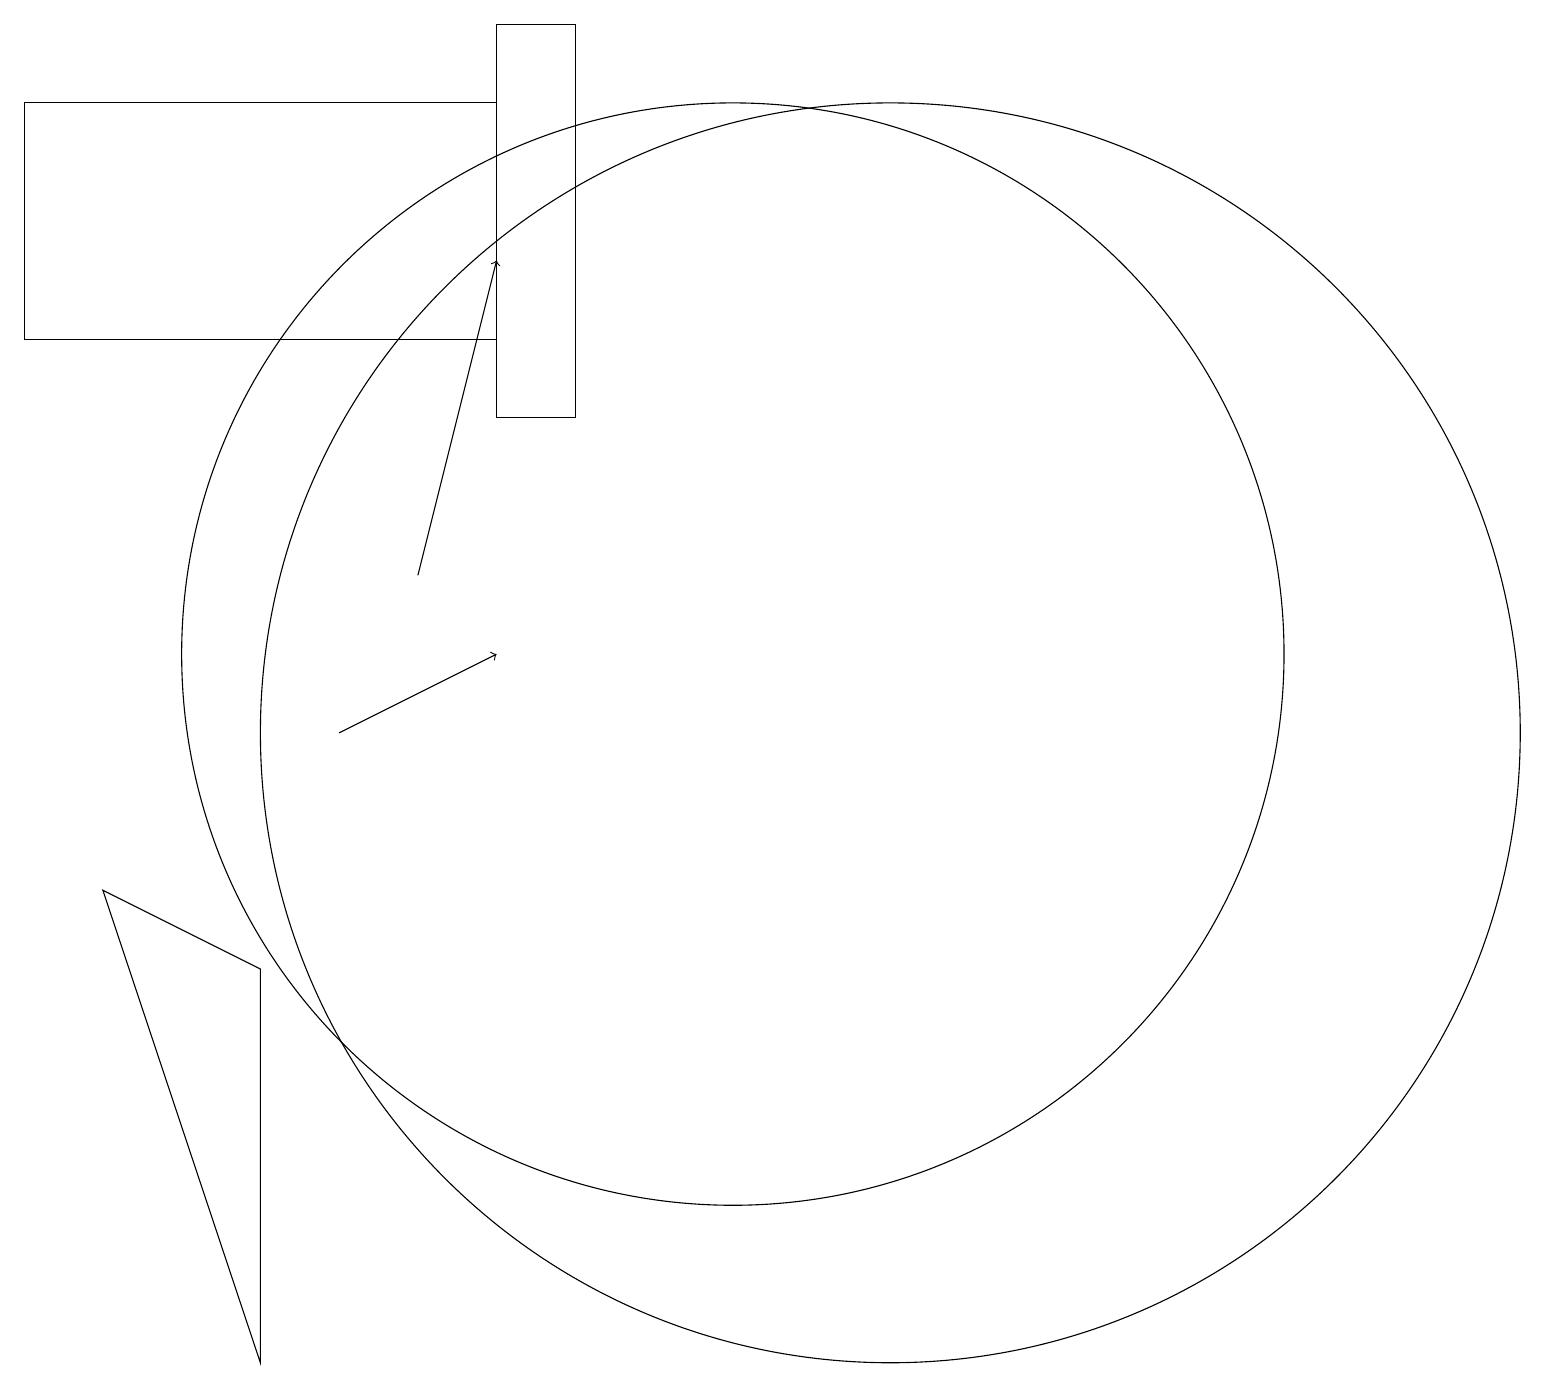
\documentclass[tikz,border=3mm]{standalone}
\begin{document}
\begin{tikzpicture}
\draw (8,19) rectangle (7,14);
\draw (12,10) circle (8);
\draw[->] (6,12) -- (7,16);
\draw[->] (5,10) -- (7,11);
\draw (10,11) circle (7);
\draw (4,2) -- (2,8) -- (4,7) -- cycle;
\draw (1,15) rectangle (7,18);
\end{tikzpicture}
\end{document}